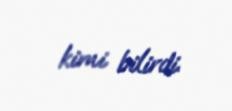
kimi bilirdi.